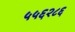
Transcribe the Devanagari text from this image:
५५६२८६